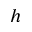
h